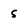
Character: s